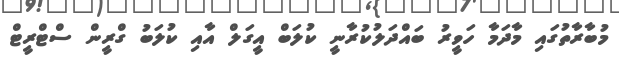
މުބާރާތުގައި މާދަމާ ހަވީރު ބައްދަލުކުރާނީ ކުލަބް އީގަލް އާއި ކުލަބު ގްރީން ސްޓްރީޓް